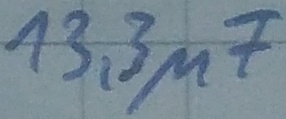
Text: 13,3µF